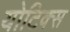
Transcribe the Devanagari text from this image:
योटिक्स